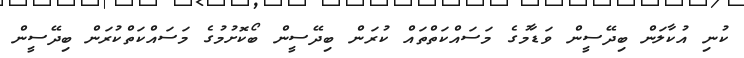
ކުނި އުކާލަން ބިދޭސީން ވަޑާމުގެ މަސައްކަތްތައް ކުރަން ބިދޭސީން ބޯކޮށުމުގެ މަސައްކަތްކުރަން ބިދޭސީން